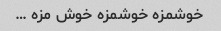
خوشمزه خوشمزه خوش مزه …